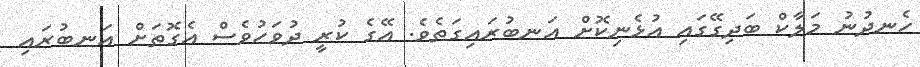
ހެނދުނު މަލާކް ބަދިގޭގައި އުޅެނިކޮށް އަނބުރައިގަތެވެ. އޭގެ ކުރީ ދުވަހުވެސް އެގޮތަށް އަނބުރައި